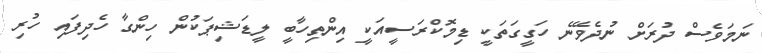
ނަމަވެސް ދުރަށް ނުދެވޭނެ ހަގީގަތަކީ ޑިމޮކްރަސީއަކީ އިންތިހާބީ ލީޑަޝިޕަކުން ހިންގާ ހެދިފައި ހުރި